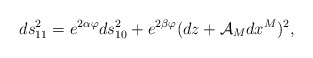
\begin{align*} ds_{11}^2=e^{2\alpha\varphi}ds_{10}^2+e^{2\beta\varphi}(dz+ \mathcal{A}_M dx^M)^2,\end{align*}